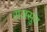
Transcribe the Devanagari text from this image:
राजसुय